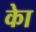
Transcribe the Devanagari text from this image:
काेे